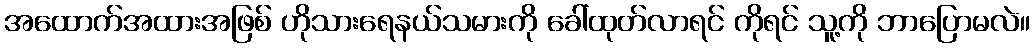
အထောက်အထားအဖြစ် ဟိုသားရေနယ်သမားကို ခေါ်ထုတ်လာရင် ကိုရင် သူ့ကို ဘာပြောမလဲ။